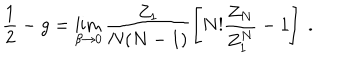
\frac { 1 } { 2 } - g = \lim _ { \beta \rightarrow 0 } \frac { Z _ { 1 } } { N ( N - 1 ) } \left[ N ! \frac { Z _ { N } } { Z _ { 1 } ^ { N } } - 1 \right] \ .